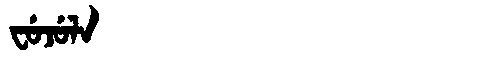
Manchu: ᠸᡠᠵᡠᠯᠠ
Romanization: FUJULA